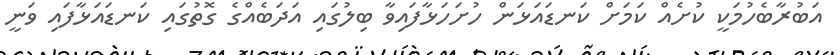
އަބުރާބެހުމަކީ ކުށެއް ކަމަށް ކަނޑައަޅަން ހުށަހަޅާފައިވާ ބިލުގައި އަދަބެއްގެ ގޮތުގައި ކަނޑައަޅާފައި ވަނީ